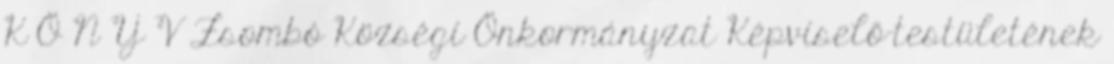
K Ö N Y V Zsombó Községi Önkormányzat Képviselő-testületének